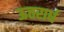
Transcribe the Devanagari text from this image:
ऊत्तरार्ध